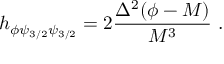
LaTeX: h _ { \phi \psi _ { 3 / 2 } \psi _ { 3 / 2 } } = 2 \frac { \Delta ^ { 2 } ( \phi - M ) } { M ^ { 3 } } \ .